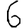
Digit: 6